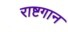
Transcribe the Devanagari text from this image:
राष्टगान